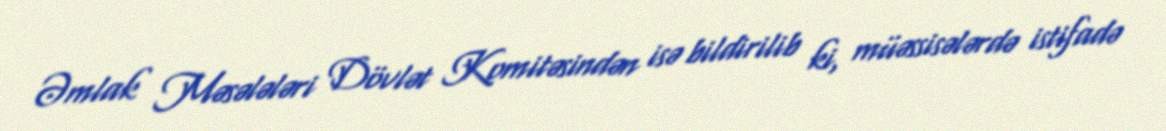
Əmlak Məsələləri Dövlət Komitəsindən isə bildirilib ki, müəssisələrdə istifadə